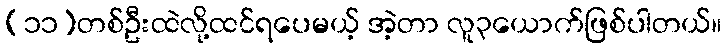
(၁၁)တစ်ဦးထဲလို့ထင်ရပေမယ့် အဲ့တာ လူ၃ယောက်ဖြစ်ပါတယ်။